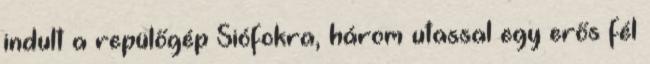
indult a repülőgép Siófokra, három utassal egy erős fél